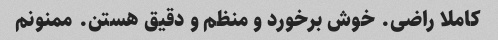
کاملا راضی. خوش برخورد و منظم و دقیق هستن. ممنونم